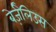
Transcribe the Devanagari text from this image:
बेर्ज़ेलिउस